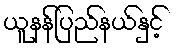
ယူနန်ပြည်နယ်နှင့်